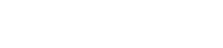
သဟ သဗ္ဗေဟိ ဉာတိဘိ။